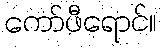
ကော်ဖီရောင်။